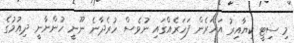
މި ސިޓީ ކިޔާއިރު އަހަރެން ފަހަރެއްގައި ނުވެސް ހުރެދާނެ ނޫނީ ހުންނާނީ ދިއުމުގެ